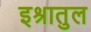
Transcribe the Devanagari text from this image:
इश्रातुल